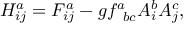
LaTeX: H _ { i j } ^ { a } = F _ { i j } ^ { a } - g f _ { \; \; b c } ^ { a } A _ { i } ^ { b } A _ { j } ^ { c } ,